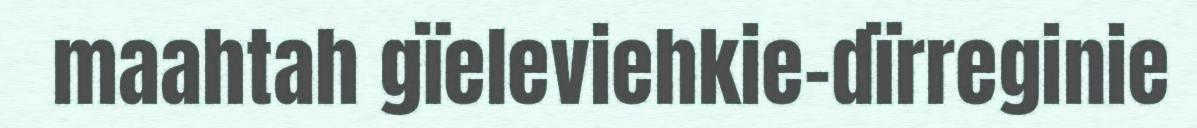
maahtah gïeleviehkie-dïrreginie